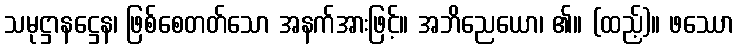
သမုဋ္ဌာနဋ္ဌေန၊ ဖြစ်စေတတ်သော အနက်အားဖြင့်။ အဘိညေယော၊ ၏။ (ထည့်)။ ဖဿော